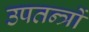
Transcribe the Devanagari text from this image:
उपतन्त्रों